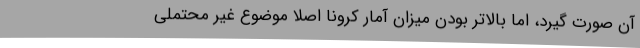
آن صورت گیرد، اما بالاتر بودن میزان آمار کرونا اصلا موضوع غیر محتملی